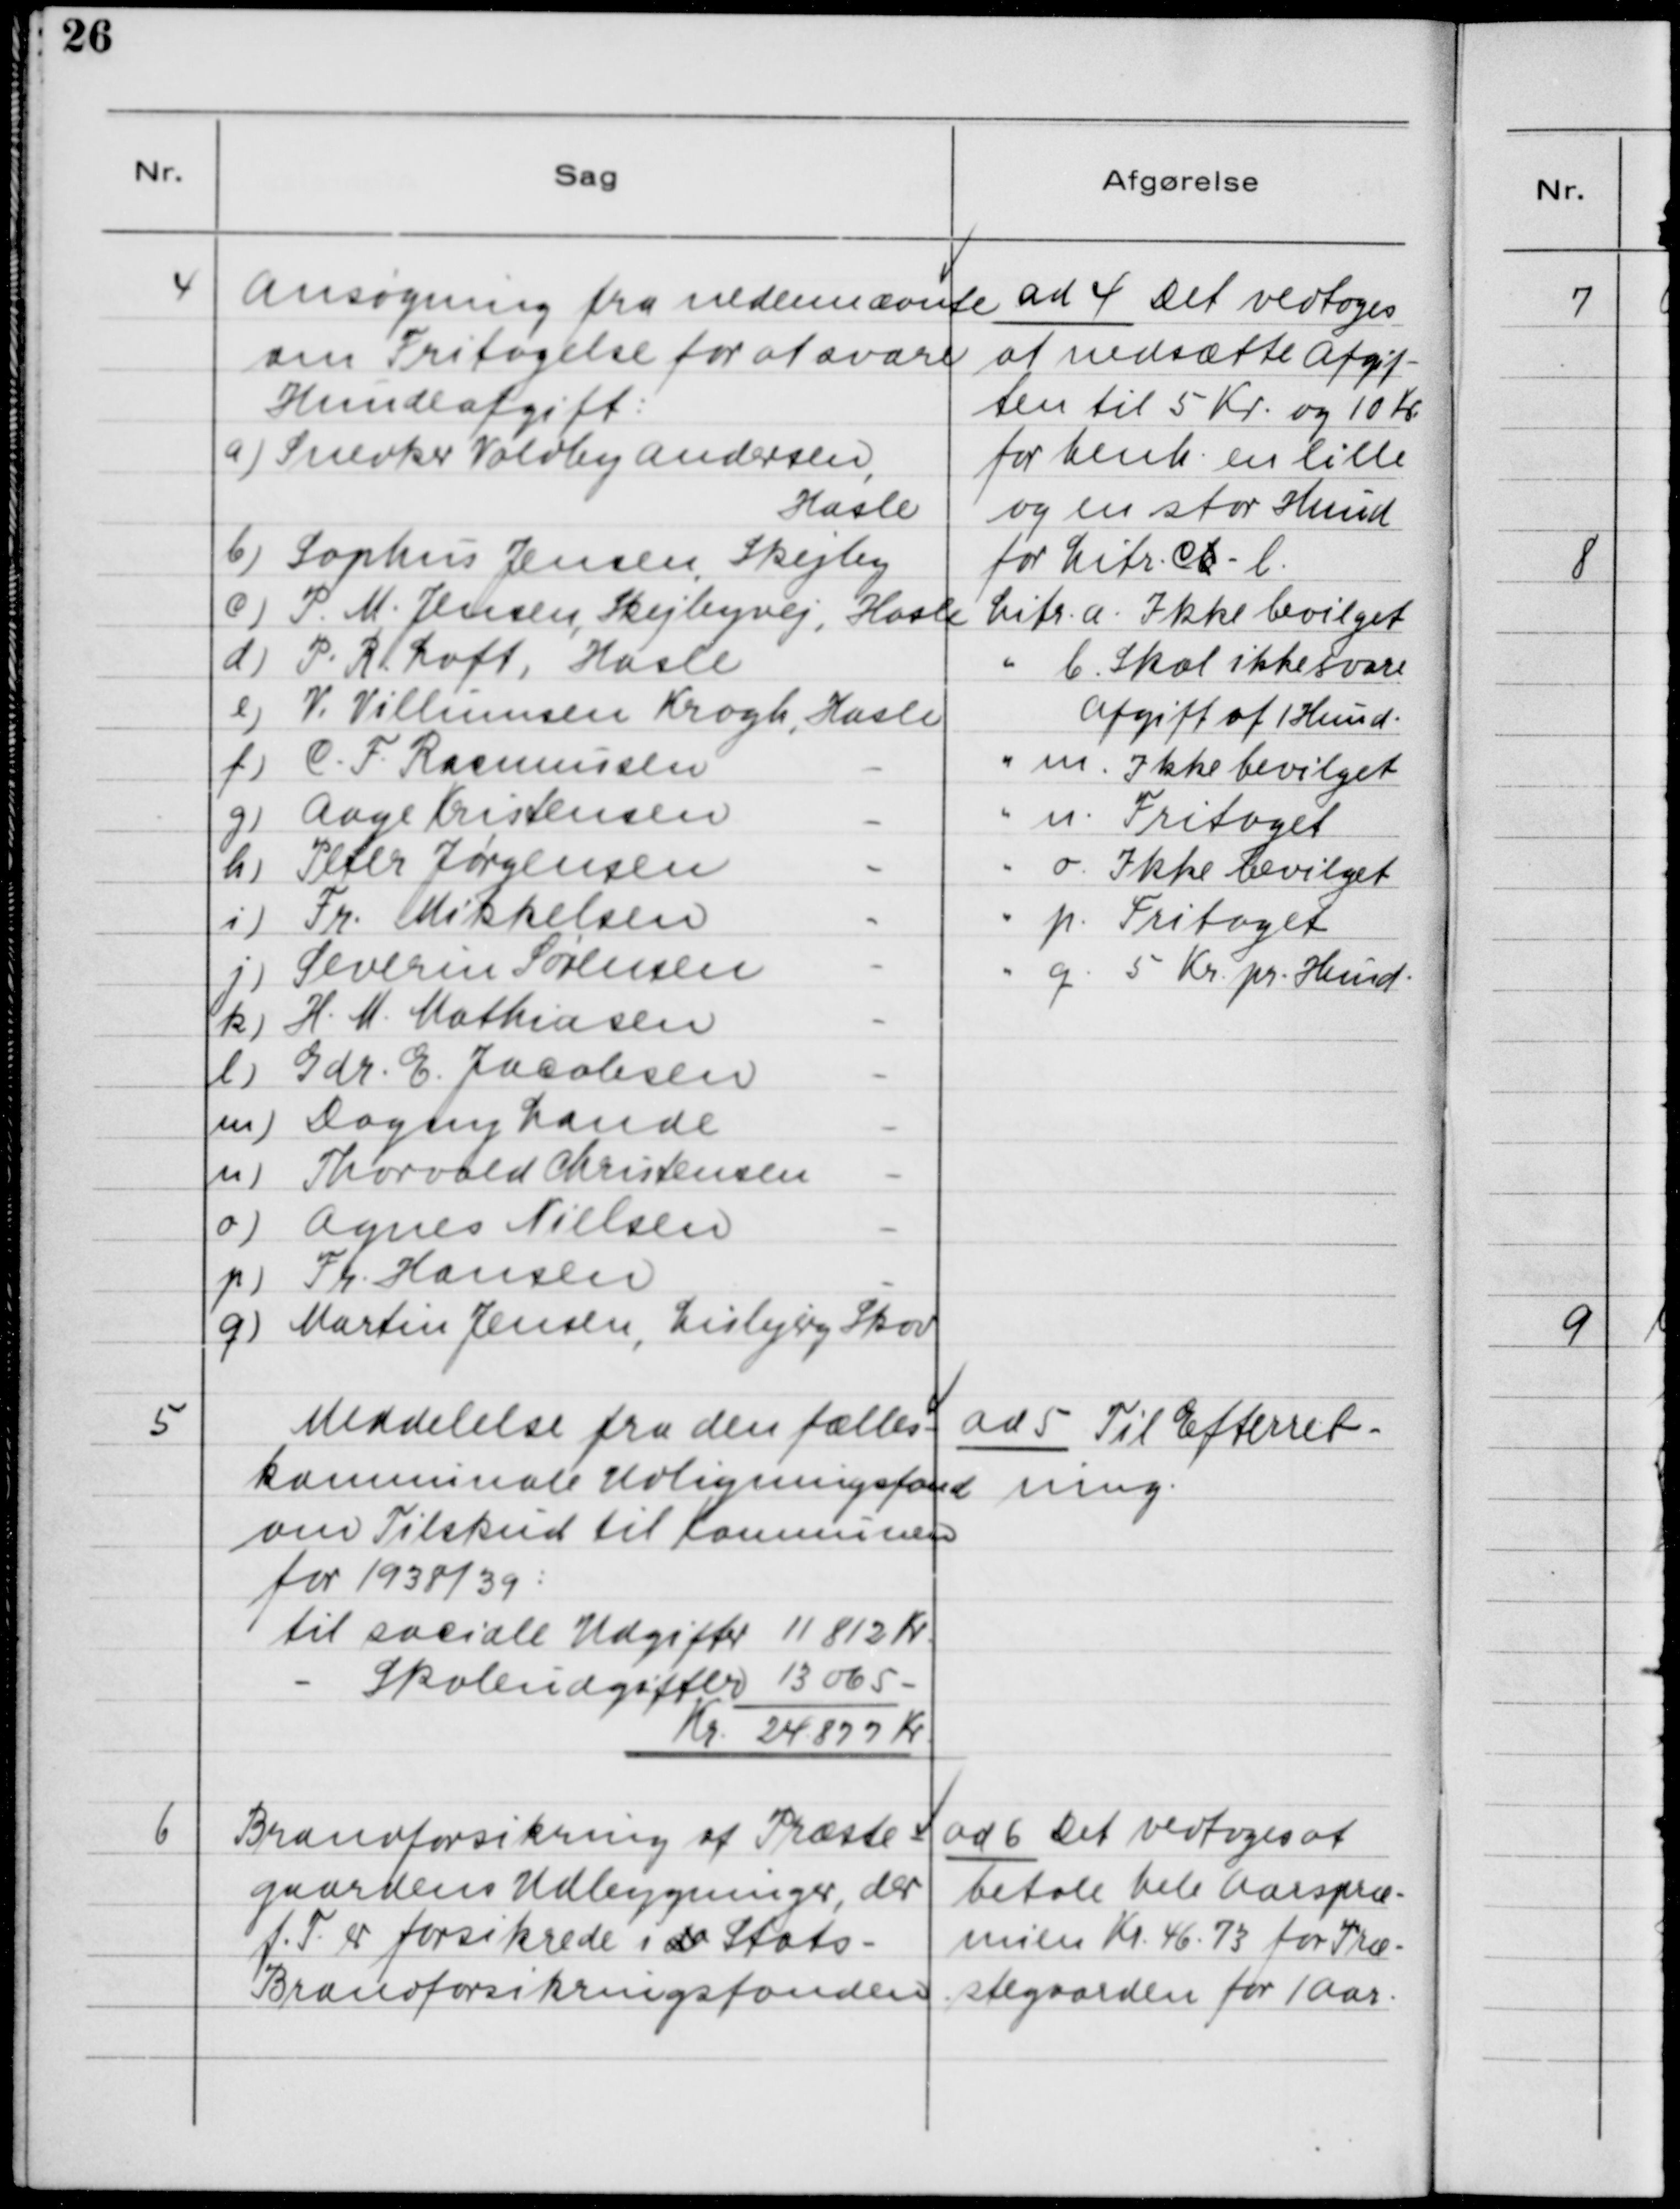
Transskription:
4. Ansøgning fra nedennævnte
om Fritagelse for at svare
Hundeafgift:
a) Snedker Voldby Andersen,
Hasle
b) Sophus Jensen, Skejby
c) P. M. Jensen, Skejbyvej, Hasle
d) P. R. Loft, Hasle
e) V. Villumsen Krogh, Hasle
f) C.F. Rasmussen
-
g) Aage Kristensen
-
h) Peter Jørgensen
-
i) Fr. Mikkelsen
-
j) Severin Sørensen
-
k) H.M. Mathiasen
-
l) Gdr. E. Jacobsen
-
m) Dagny Lande
-
n) Thorvald Christensen
-
o) Agnes Nielsen
-
p) Fr. Hansen
-
q) Martin Jensen, Lisbjerg Skov

ad 4. Det vedtoges
at nedsætte Afgif-
ten til 5 Kr. og 10 Kr.
for henh. en lille
og en stor Hund
for Litr. cb - l.
Litr. a. Ikke bevilget
" b. Skal ikke svare 
Afgift af 1 Hund.
" m. Ikke bevilget
" n. Fritaget
" o. Ikke bevilget
" p. Fritaget
" q. 5 Kr. pr. Hund

5. Meddelelse fra den fælles-
kommunale Udligningsfond
om Tilskud til Kommunen
for 1938/39:
til sociale Udgifter 11 812 Kr.
- Skoleudgifter 13 065 -
Kr. 24.877 Kr.

ad 5. Til Efterret-
ning.

6. Brandforsikring af Præste-
gaardens Udbygninger, der
f. t. er forsikrede i de Stats-
Brandforsikringsfonden.

ad 6. Det vedtoges at
betale hele Aarspræ-
mien Kr. 46.73 for Præ-
stegaarden for 1 Aar.